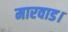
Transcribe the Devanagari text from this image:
मारवाड।